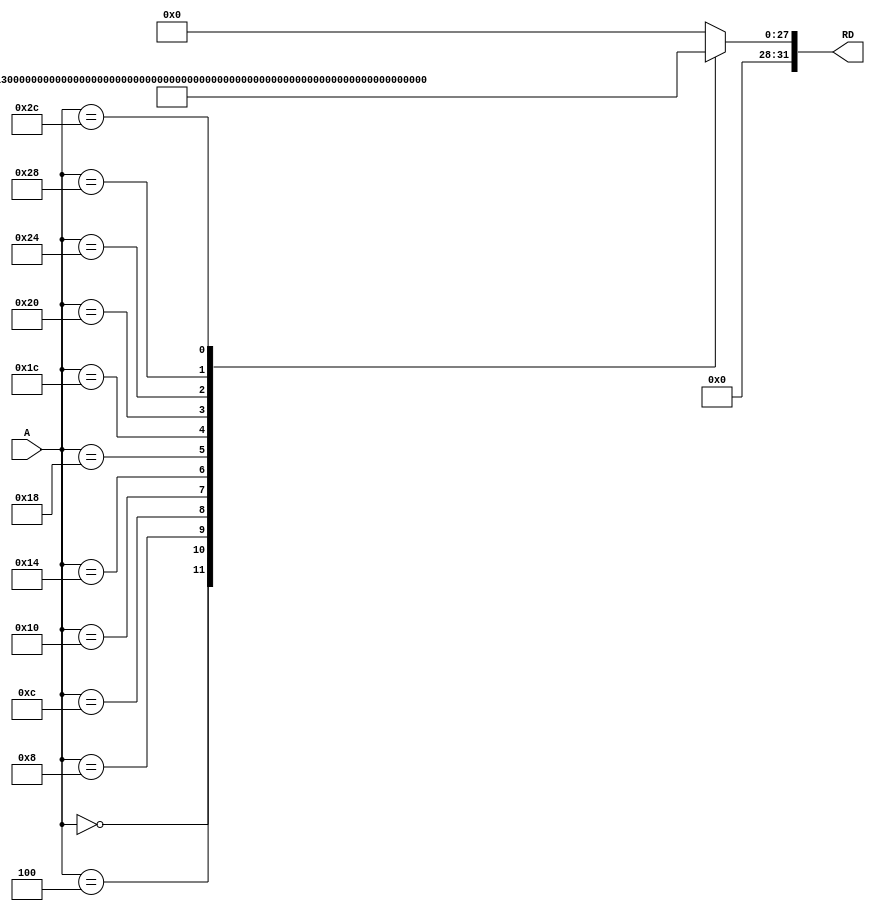
module Instr_Mem(input  [7:0] A,
        output reg [31:0] RD);
  
 
  
  always @(*) begin
  case(A)
	
	/*8'h00: RD = 32'h0ab00093;
	8'h04: RD = 32'h00100523;
	8'h08: RD = 32'h00a00103;
	8'h0C: RD = 32'h002005a3;
	8'h10: RD = 32'h00b00183;
	8'h14: RD = 32'h00300623;
	8'h18: RD = 32'h00c00203;
	default:RD=0; 
	
	8'h00: RD = 32'h0ff00083;
	8'h04: RD = 32'h00100193;
	8'h08: RD = 32'h00000113;
	8'h0C: RD = 32'h0030f3b3;
	8'h10: RD = 32'h00338a63;
	8'h14: RD = 32'hfe208ae3;
	8'h18: RD = 32'hfe000ae3;
	8'h1C: RD= 
	8'h20: RD=
	8'h1C: RD= 	*/
	
	/*8'h00: RD =	32'h0ff00083;
	8'h04: RD = 32'h00100193;
	/*8'h08: RD = 32'h00000113;
	8'h0C: RD = 32'h0030f3b3;
	8'h10: RD = 32'h00338a63;
	8'h14: RD = 32'h00238263;
	8'h18: RD = 32'h00100313;
	8'h1C: RD = 32'h0e600fa3;
	8'h20: RD = 32'hfe0000e3;
	8'h24: RD = 32'h00000313;
	8'h28: RD = 32'h0e600fa3;
	8'h2C: RD = 32'hfc000ae3;
	*/
	
	//AUMENTO DO BANCO DE REGISTRADORES
	/*8'h00: RD =	32'h00200093;
	8'h04: RD = 32'h00500113;
	8'h08: RD = 32'h00300193;
	8'h0C: RD = 32'h00114433;
	8'h10: RD = 32'h003147b3;*/
	
	
	
//Novas Funcionalidades

		8'h00: RD =	32'h00200093;  // addi x1,x0,2 -> X1 =2
		8'h04: RD = 32'h00500113;  //addi x2,x0,5  -> X2 =5
		8'h08: RD = 32'h00300193; //addi x3,x0,3  -> X3 =3
		8'h0C: RD = 32'h00100213;  //addi x4,x0,1  -> X4 =1
		8'h10: RD = 32'h00114433;  //xor x8,x2,x1  -> X8 =7
		8'h14: RD = 32'h004094b3;  //sll x9,x1,x4  -> X9 =4
		8'h18: RD = 32'h0040d533;  //srl x10,x1,x4 -> X10 =1
		8'h1C: RD = 32'h00111593;  //slli x11,x2,1 ->X11= A
		8'h20: RD = 32'h00115613;  //srli x12,x2,1 ->X12= 02
		8'h24: RD = 32'h0ff17693; //andi x13,x2,0xFF ->X13=05
		8'h28: RD = 32'h0010e713; //ori  x14,x1,1   ->X14=03
		8'h2C: RD = 32'h00114793;  //xori x15,x2,1   ->X15=04

	
	/*8'h08: RD = 32'h00000113;
	8'h0C: RD = 32'h0030f3b3;
	8'h10: RD = 32'h00338a63;
	8'h14: RD = 32'h00238263;
	8'h18: RD = 32'h00100313;
	8'h1C: RD = 32'h0e600fa3;
	8'h20: RD = 32'hfe0000e3;
	8'h24: RD = 32'h00000313;
	8'h28: RD = 32'h0e600fa3;
	8'h2C: RD = 32'hfc000ae3;
	*/



	default: RD = 'h0;
	endcase
	end
	endmodule